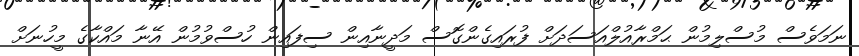
ނަމަވެސް މުސްލިމުން ޙަމްރާއުލްއަސަދަށް ފުރައިގެންގޮސް މަދީނާއިން ސިފައިން ހުސްވުމުން އޭނާ މައްކާގެ މީހުނަށް